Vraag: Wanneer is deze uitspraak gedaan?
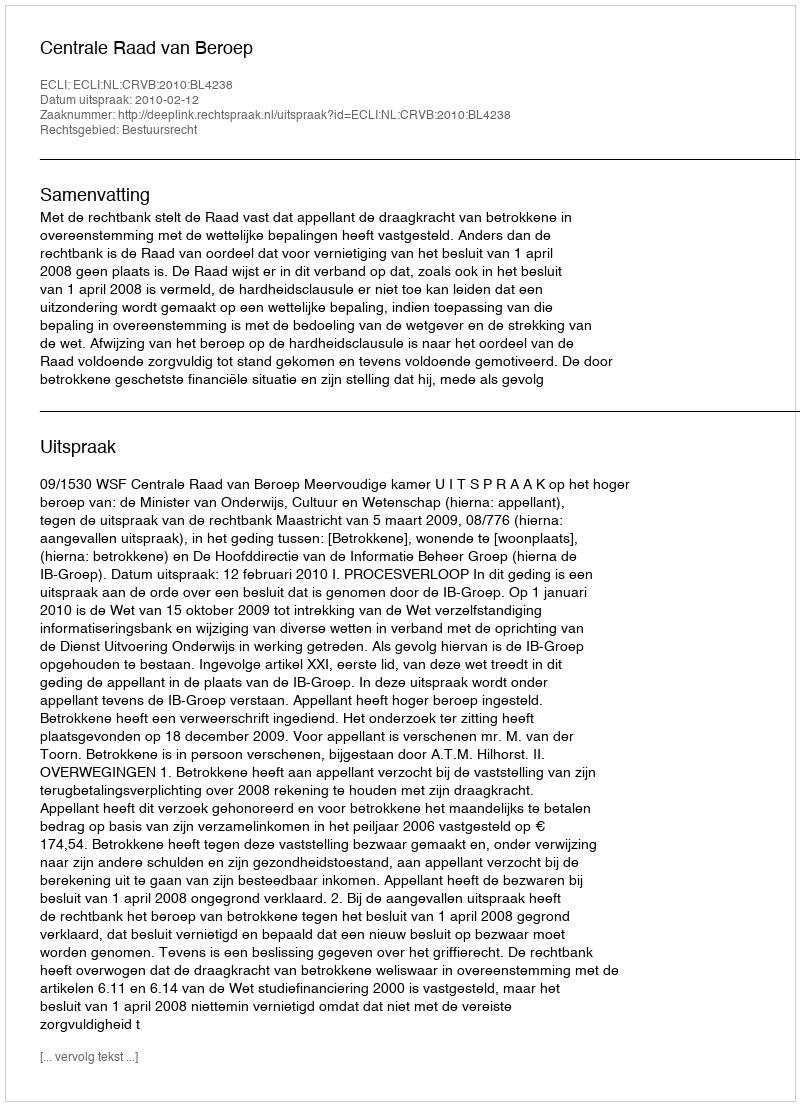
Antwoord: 2010-02-12